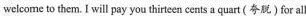
welcome to them. I will pay you thirteen cents a quart (夸脱) for all